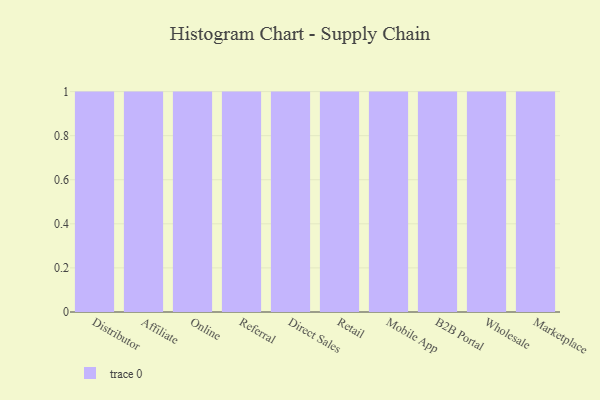
{"axis": {"x": "Channel", "y": "Headcount"}, "legend": [""], "data": [{"x": "Distributor", "y": 75, "type": ""}, {"x": "Affiliate", "y": 81, "type": ""}, {"x": "Online", "y": 25, "type": ""}, {"x": "Referral", "y": 85, "type": ""}, {"x": "Direct Sales", "y": 76, "type": ""}, {"x": "Retail", "y": 54, "type": ""}, {"x": "Mobile App", "y": 93, "type": ""}, {"x": "B2B Portal", "y": 4, "type": ""}, {"x": "Wholesale", "y": 40, "type": ""}, {"x": "Marketplace", "y": 77, "type": ""}]}